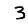
Digit: 3